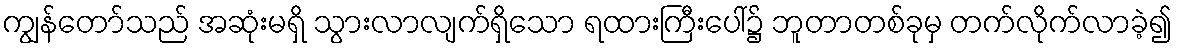
ကျွန်တော်သည် အဆုံးမရှိ သွားလာလျက်ရှိသော ရထားကြီးပေါ်၌ ဘူတာတစ်ခုမှ တက်လိုက်လာခဲ့၍